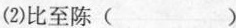
(2)\underset{·}{比}至陈( )